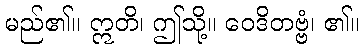
မည်၏။ ဣတိ၊ ဤသို့။ ဝေဒိတဗ္ဗံ၊ ၏။